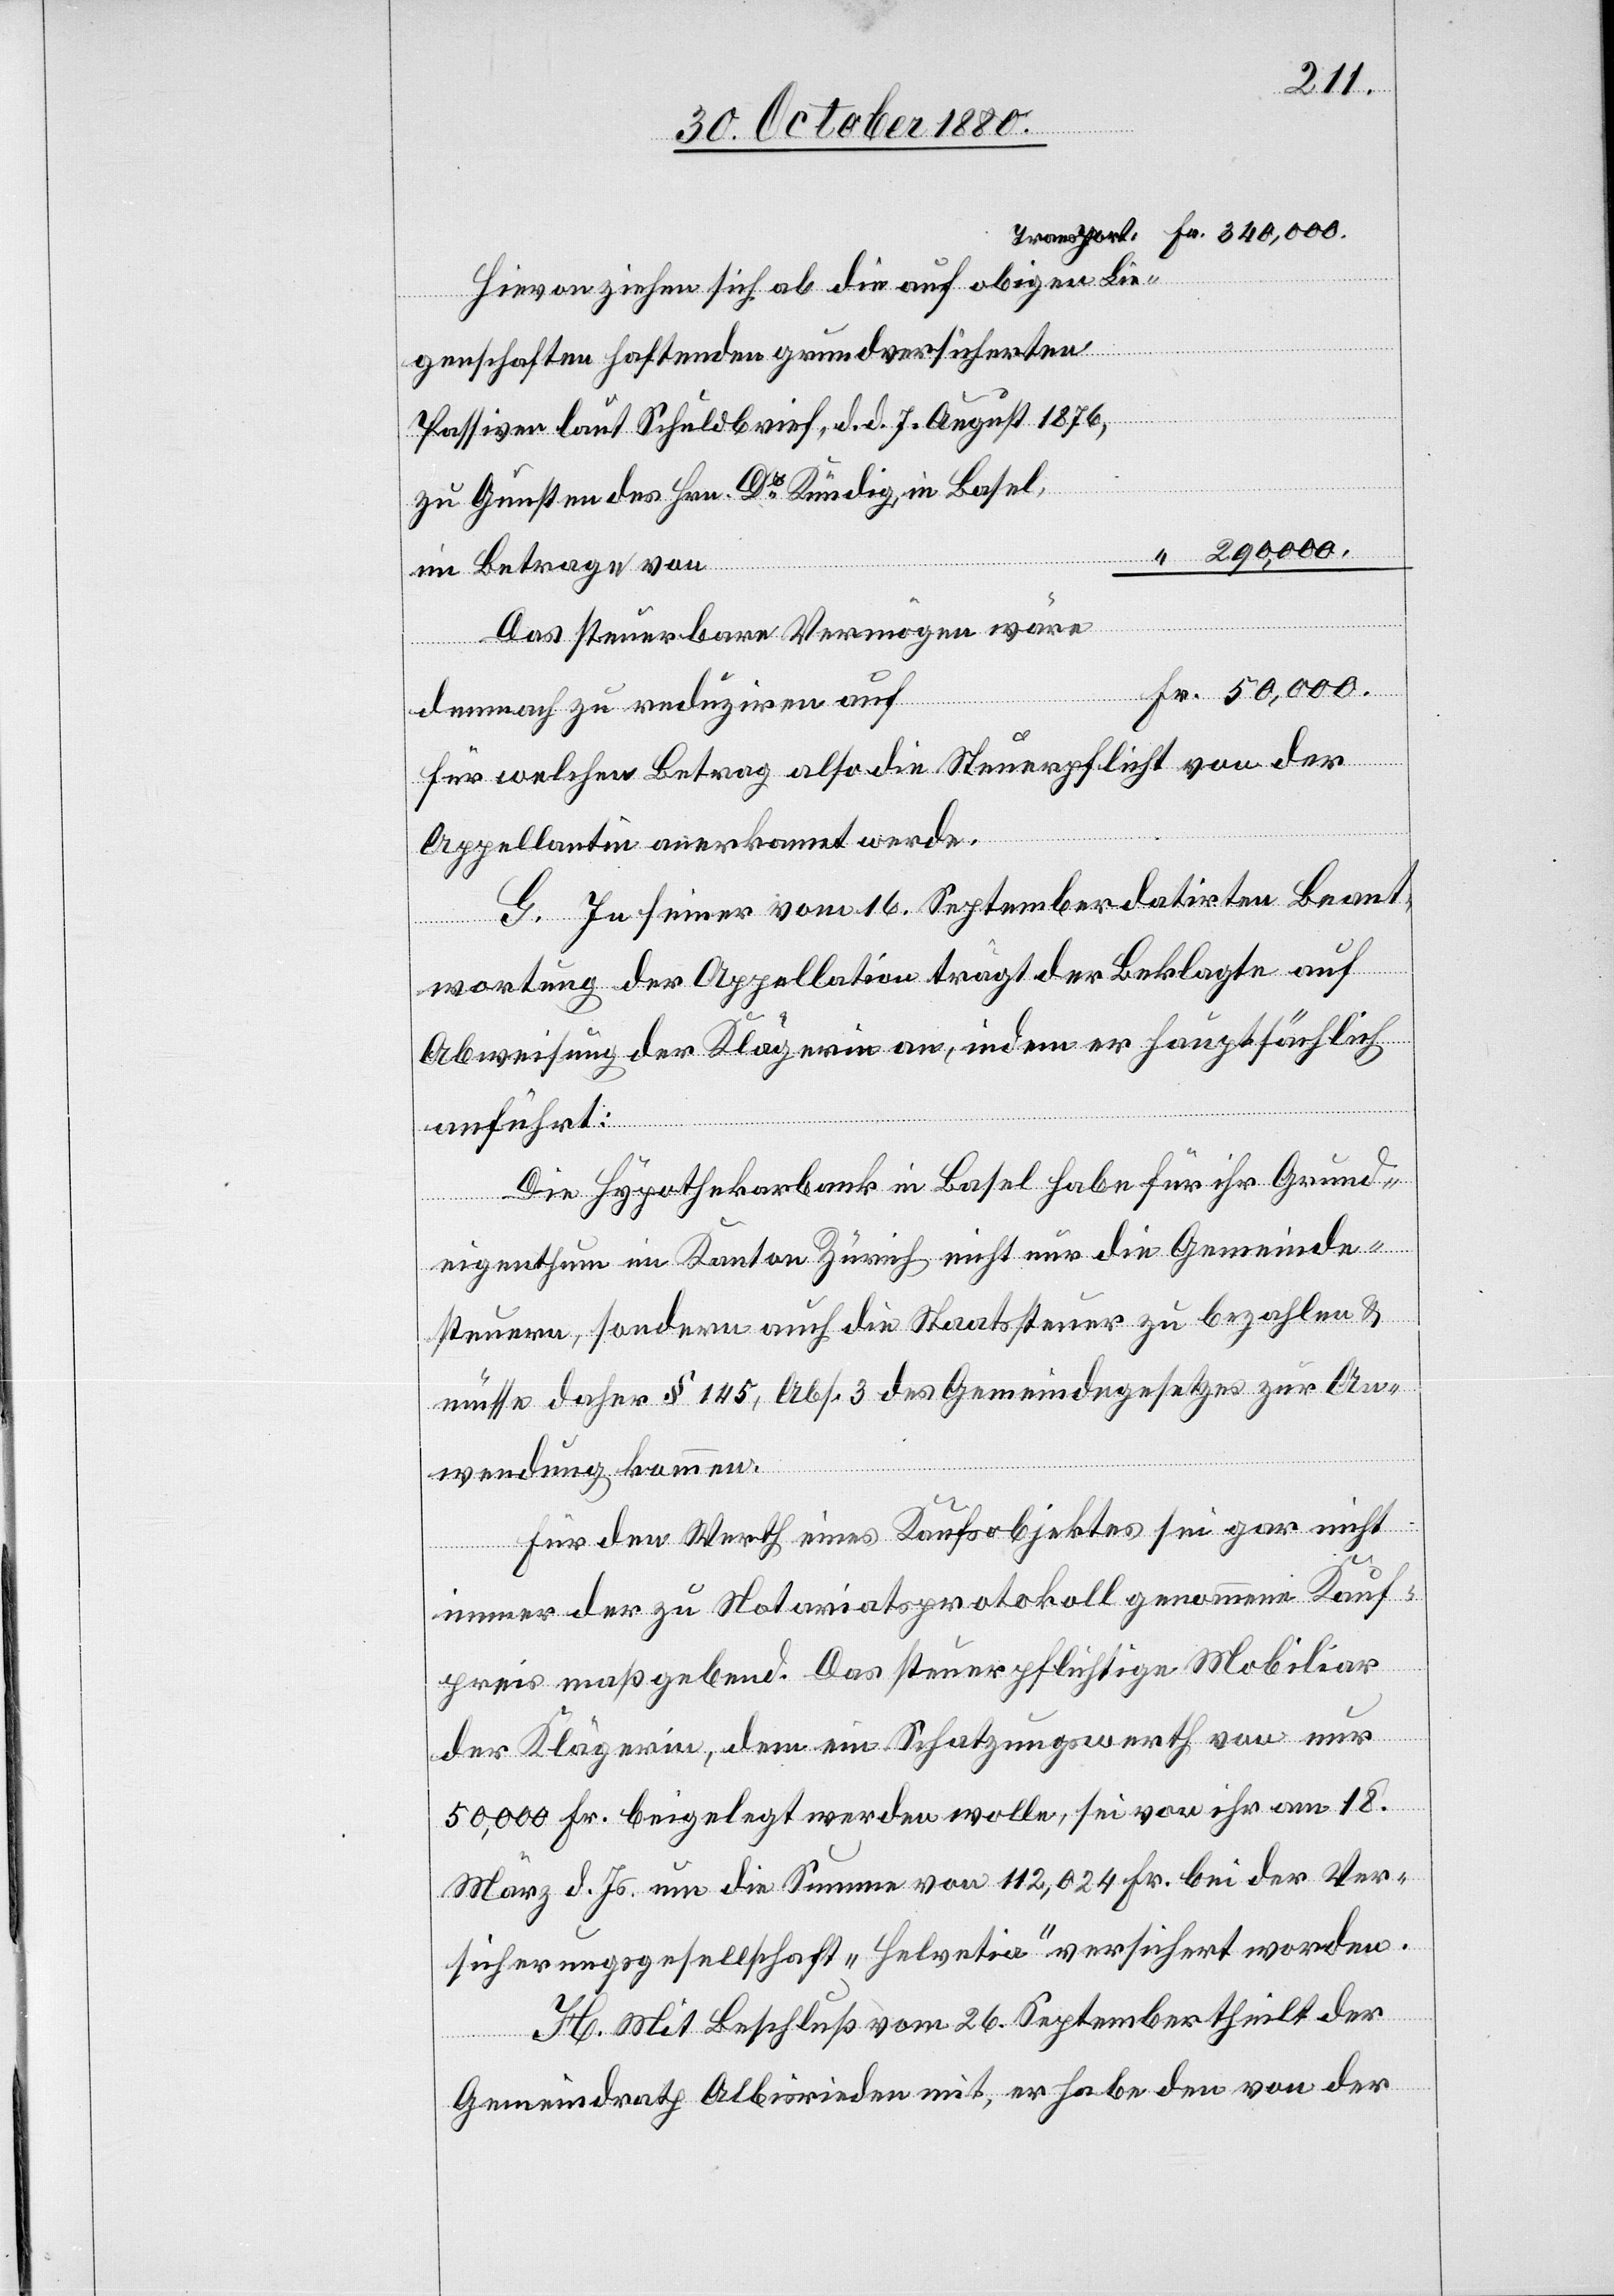
Hievon ziehen sich ab die auf obigen Lie¬
genschaften haftenden grundversicherten
Passiven laut Schuldbrief, d. d. 7. August 1876,
zu Gunsten des Hrn. Dr Kündig in Basel,
290,000.
im Betrag von
Das steuerbare Vermögen wäre
demnach zu reduziren auf
für welchen Betrag also die Steuerpflicht von der
Appellantin anerkannt werde.
G. In seiner vom 16. September datirten Beant¬
wortung der Appellation trägt der Beklagte auf
Abweisung der Klägerin an, indem er hauptsächlich
anführt:
Die Hypothekarbank in Basel habe für ihr Grund¬
eigenthum im Kanton Zürich nicht nur die Gemeinde¬
steuern, sondern auch die Staatssteuer zu bezahlen &
müsse daher § 145, Abs. 3 des Gemeindegesetzes zur An¬
wendung kommen.
Für den Werth eines Kaufsobjektes sei gar nicht
immer der zu Notariatsprotokoll genommene Kauf¬
preis maßgebend. Das steuerpflichtige Mobiliar
der Klägerin, dem ein Schatzungswerth von nur
50,000 Fr. beigelegt werden wolle, sei von ihr am 18.
März d. Js. um die Summe von 112,024 Fr. bei der Ver¬
sicherungsgesellschaft „Helvetia“ versichert worden.
H. Mit Beschluß vom 26. September theilt der
Gemeindrath Albisrieden mit, er habe den von der